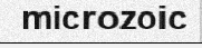
microzoic